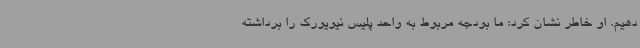
دهیم. او خاطر نشان کرد: ما بودجه مربوط به واحد پلیس نیویورک را برداشته